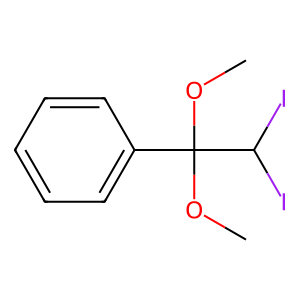
SMILES: COC(OC)(c1ccccc1)C(I)I
Inhibits HIV replication: No